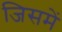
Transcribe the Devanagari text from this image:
जिसमें